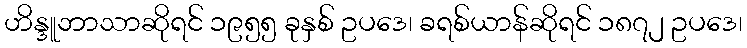
ဟိန္ဒူဘာသာဆိုရင် ၁၉၅၅ ခုနှစ် ဥပဒေ၊ ခရစ်ယာန်ဆိုရင် ၁၈၇၂ ဥပဒေ၊